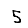
Digit: 5